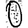
Digit: 0